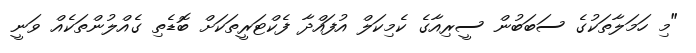
"މި ހަމަލާތަކުގެ ސަބަބުން ސީރިއާގެ ކެމިކަލް އުފައްދާ ފެކްޓަރީތަކަށް ބޮޑެތި ގެއްލުންތަކެއް ވަނީ